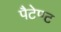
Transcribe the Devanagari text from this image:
पैटेण्ट